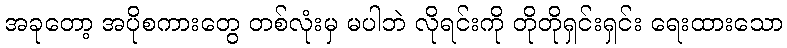
အခုတော့ အပိုစကားတွေ တစ်လုံးမှ မပါဘဲ လိုရင်းကို တိုတိုရှင်းရှင်း ရေးထားသော